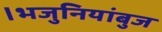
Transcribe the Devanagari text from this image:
।भजुनियांबुज